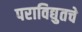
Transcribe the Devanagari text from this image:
पराविद्युतचे